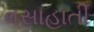
વસાહાતી